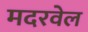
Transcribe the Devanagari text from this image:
मदरवेल